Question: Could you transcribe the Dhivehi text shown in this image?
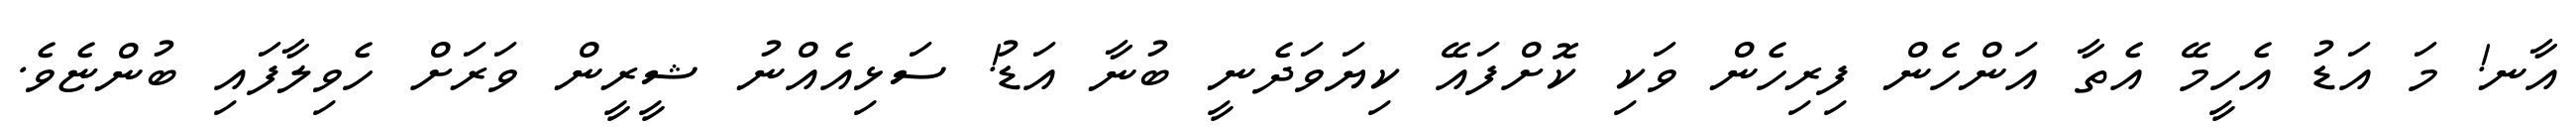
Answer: އާނ! މަ އަޑު އެހީމޭ އެތާ އަންހެން ފިރިހެން ވަކި ކޮށްފައޭ ކިޔަވަދެނީ ބުނާ އަޑު! ސަޅިއެއްނު ޝީރީން ވަރަށް ހެވިލާފައި ބުންޏެވެ.